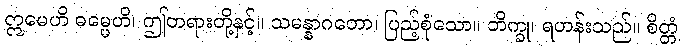
ဣမေဟိ ဓမ္မေဟိ၊ ဤတရားတို့နှင့်။ သမန္နာဂတော၊ ပြည့်စုံသော။ ဘိက္ခု၊ ရဟန်းသည်။ စိတ္တံ